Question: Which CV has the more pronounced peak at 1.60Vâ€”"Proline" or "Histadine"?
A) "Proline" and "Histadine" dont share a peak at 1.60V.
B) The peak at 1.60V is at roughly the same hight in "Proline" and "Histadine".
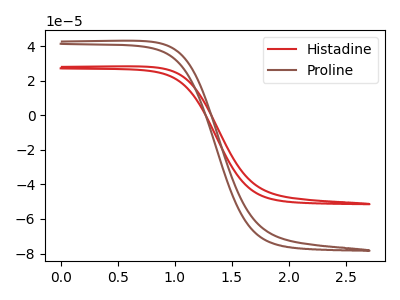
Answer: <think>The red curve "Histadine" has no peaks. The brown curve "Proline" has no peaks.</think>
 <answer>A) "Proline" and "Histadine" dont share a peak at 1.60V.</answer>
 <eval>A</eval>